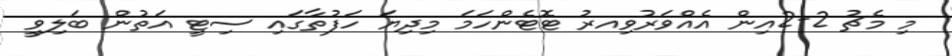
މި މެޗު 2-2އިން އެއްވަރުވިއރު ޓޮޓެންހަމަ މިދިޔަ ހަފުތާގައި ސިޓީ އަތުން ބަލިވީ